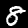
Label: 8